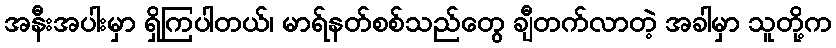
အနီးအပါးမှာ ရှိကြပါတယ်၊ မာရ်နတ်စစ်သည်တွေ ချီတက်လာတဲ့ အခါမှာ သူတို့က